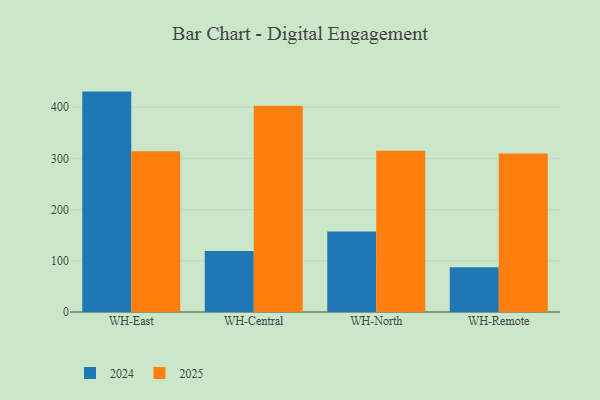
{"axis": {"x": "Warehouse", "y": "Budget (USD K)"}, "legend": ["2024", "2025"], "data": [{"x": "WH-East", "y": 314.1, "type": "2025"}, {"x": "WH-East", "y": 430.5, "type": "2024"}, {"x": "WH-Central", "y": 402.7, "type": "2025"}, {"x": "WH-Central", "y": 119.3, "type": "2024"}, {"x": "WH-North", "y": 315.1, "type": "2025"}, {"x": "WH-North", "y": 157.3, "type": "2024"}, {"x": "WH-Remote", "y": 309.8, "type": "2025"}, {"x": "WH-Remote", "y": 87.4, "type": "2024"}]}